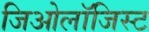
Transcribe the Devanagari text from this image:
जिओलॉजिस्ट